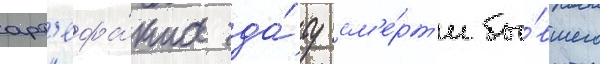
арт'ефа́кта да́ту см'е́рт'и бы́вшего